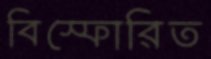
বিস্ফোরিত